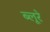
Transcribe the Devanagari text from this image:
ब्लूरे